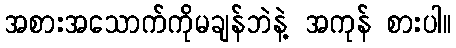
အစားအသောက်ကိုမချန်ဘဲနဲ့ အကုန် စားပါ။